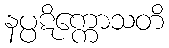
နပ္ပဋိက္ကောသတိ